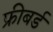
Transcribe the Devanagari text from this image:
फ्रीबर्ड